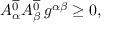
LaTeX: A _ { \alpha } ^ { \overline { { { 0 } } } } A _ { \beta } ^ { \overline { { { 0 } } } } \, g ^ { \alpha \beta } \ge 0 ,